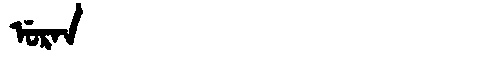
Manchu: ᡠᡵᠠᠨ
Romanization: URAN